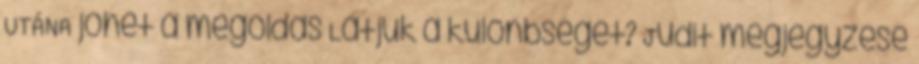
UTÁNA jöhet a megoldás Látjuk a különbséget? Judit megjegyzése